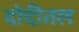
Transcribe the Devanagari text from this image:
दोदीतल